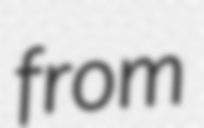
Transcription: from